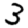
Digit: 3